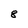
Character: 8